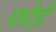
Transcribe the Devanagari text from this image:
फ़ोड़े